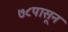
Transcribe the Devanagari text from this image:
७८पासून